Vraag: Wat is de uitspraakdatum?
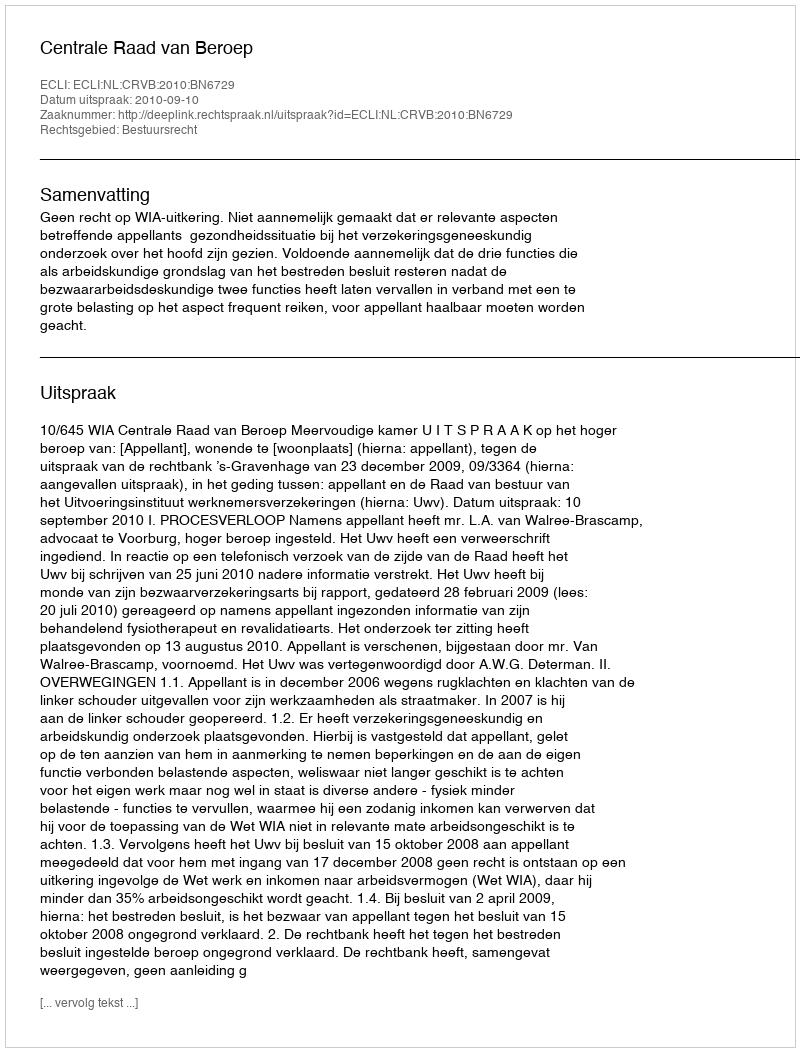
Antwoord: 2010-09-10